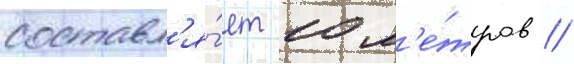
составл'я́ет 10 м'е́тров /